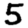
Digit: 5